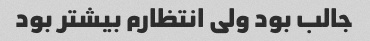
جالب بود ولی انتظارم بیشتر بود